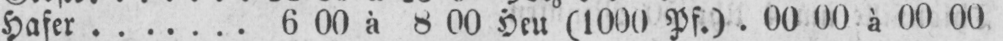
Hafer 6 00 à 8 00 Heu (1000 Pf.) 00 00 à 00 00